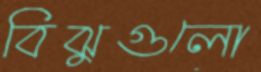
বিঝুগুলো